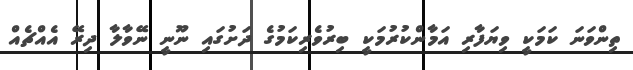
ތިންވަނަ ކަމަކީ ވިޔަފާރި އަމާންކުރުމަކީ ބިރުވެރިކަމުގެ ދަށުގައި ނޫނީ ނޭވާލާ ދިރޭ އެއްޗެއް